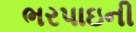
ભરપાઇની